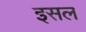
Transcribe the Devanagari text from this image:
इसल